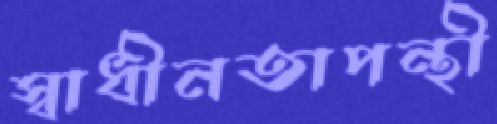
স্বাধীনতাপন্থী